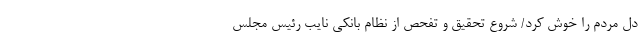
دل مردم را خوش کرد/ شروع تحقیق و تفحص از نظام بانکی نایب رئیس مجلس